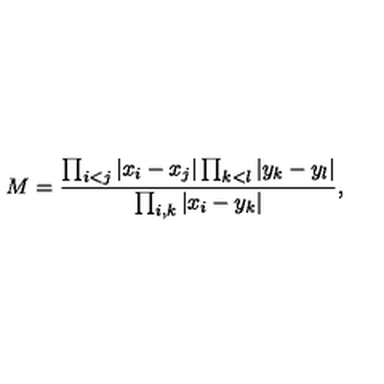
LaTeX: M = \frac { \prod _ { i < j } \vert x _ { i } - x _ { j } \vert \prod _ { k < l } \vert y _ { k } - y _ { l } \vert } { \prod _ { i , k } \vert x _ { i } - y _ { k } \vert } ,